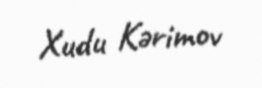
Xudu Kərimov